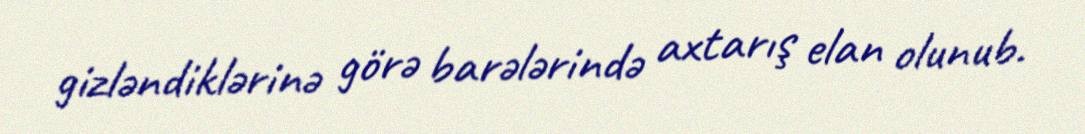
gizləndiklərinə görə barələrində axtarış elan olunub.